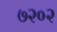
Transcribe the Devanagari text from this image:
७२०२